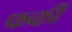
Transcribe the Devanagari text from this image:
फकी